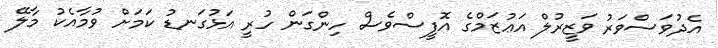
އެދުވަސްވަރު ވަޒީރުލް އަޢުޒަމްގެ އޮފީސްވެސް ހިންގަން ހުރީ އަޅުގަނޑު ކަމަށް ވުމާއެކު މާލޭ